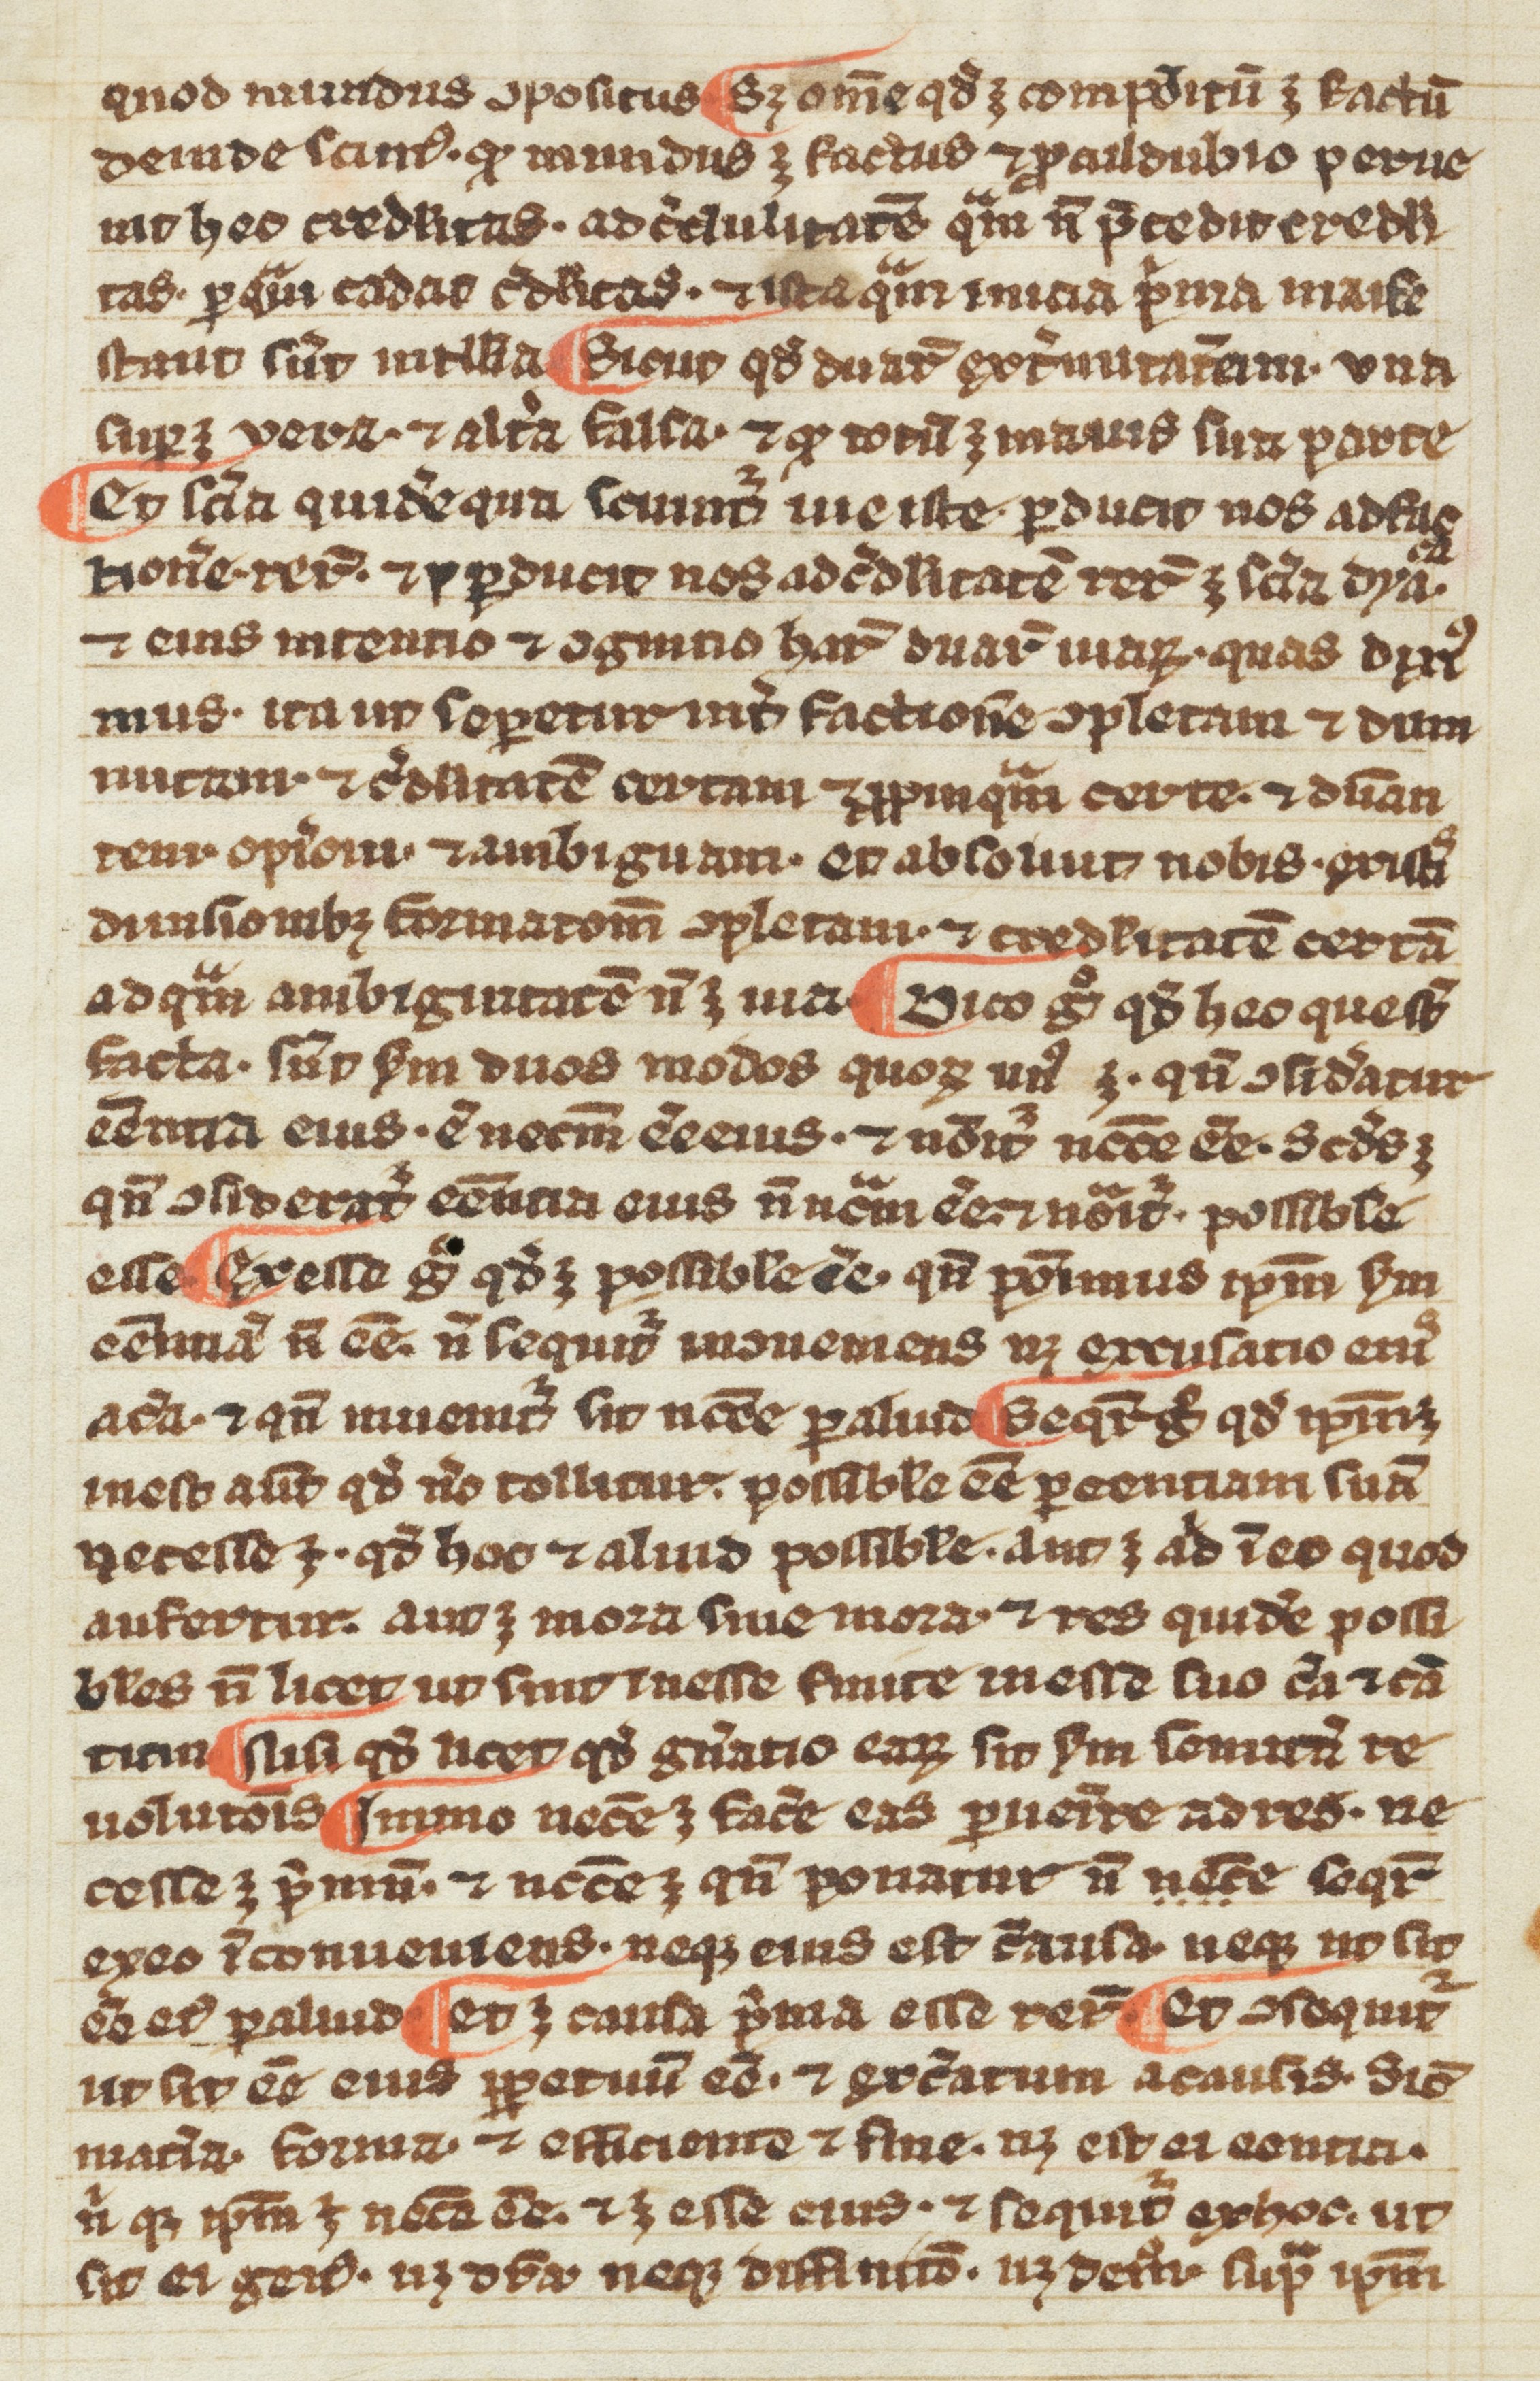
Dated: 1300–1399